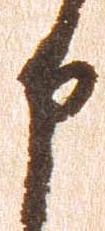
申